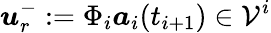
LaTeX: \boldsymbol{u}_{r}^{-}:=\Phi_{i}\boldsymbol{a}_{i}(t_{i+1})\in\mathcal{V}^{i}